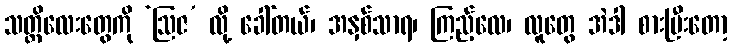
သတ္တိလေးတွေကို ‘ဩဇ’ လို့ ခေါ်တယ်၊ အနှစ်သာရ၊ ကြည့်လေ၊ လူတွေ အဲဒါ စားပြီးတော့